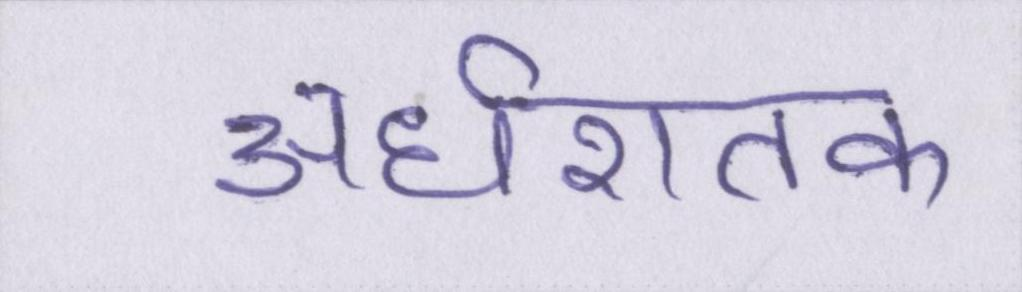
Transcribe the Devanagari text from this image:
अर्धशतक